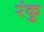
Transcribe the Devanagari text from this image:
रंकु